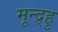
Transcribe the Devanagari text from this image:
मून्द्र्हु